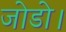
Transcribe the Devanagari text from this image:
जोडो।